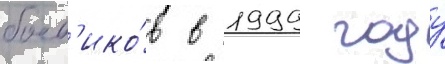
боев'ико́в в 1999 году